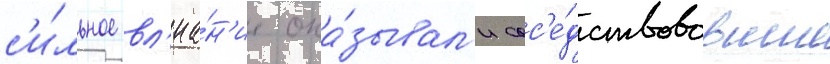
с'и́льное вл'иа́н'ие ока́зывал'и сос'е́дствовавшие